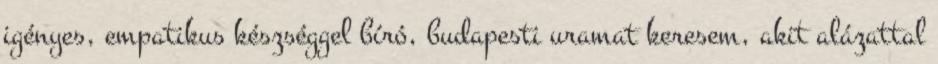
igényes, empatikus készséggel bíró, budapesti uramat keresem, akit alázattal